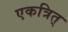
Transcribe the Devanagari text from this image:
एकत्रित्